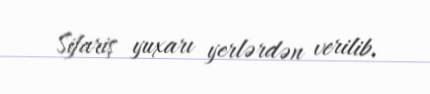
Sifariş yuxarı yerlərdən verilib.